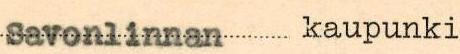
Insinööri Hugo Larsson´in johdolla